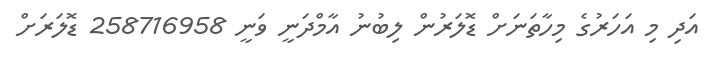
އަދި މި އަހަރުގެ މިހާތަނަށް ޑޮލަރުން ލިބުނު އާމްދަނީ ވަނީ 258716958 ޑޮލަރަށް